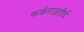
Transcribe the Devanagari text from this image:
कर्कराजतीर्थ